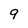
Character: 9